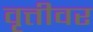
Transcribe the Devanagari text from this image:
वृत्तीवर